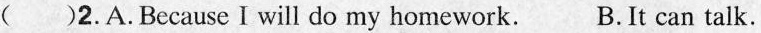
( )2. A. Because I will do my homework. B. It can talk.